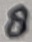
Text: 8